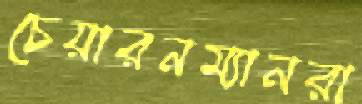
চেয়ারনম্যানরা